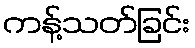
ကန့်သတ်ခြင်း